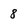
Character: 8